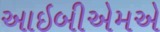
આઇબીએમએ